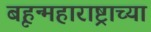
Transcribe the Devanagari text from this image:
बृहन्महाराष्ट्राच्या